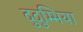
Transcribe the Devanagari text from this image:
दुदुम्भिया